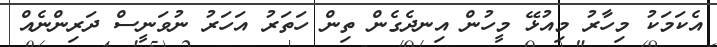
އެކަމަކު މިހާރު މިއުޅޭ މީހުން އިނދެގެން ތިން ހަތަރު އަހަރު ނުވަނީސް ދަރިންނެއް